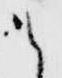
之